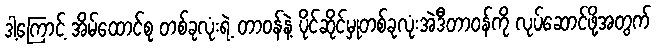
ဒါ့ကြောင့် အိမ်ထောင်စု တစ်ခုလုံးရဲ့ တာဝန်နဲ့ ပိုင်ဆိုင်မှုတစ်ခုလုံးအဲဒီတာဝန်ကို လုပ်ဆောင်ဖို့အတွက်